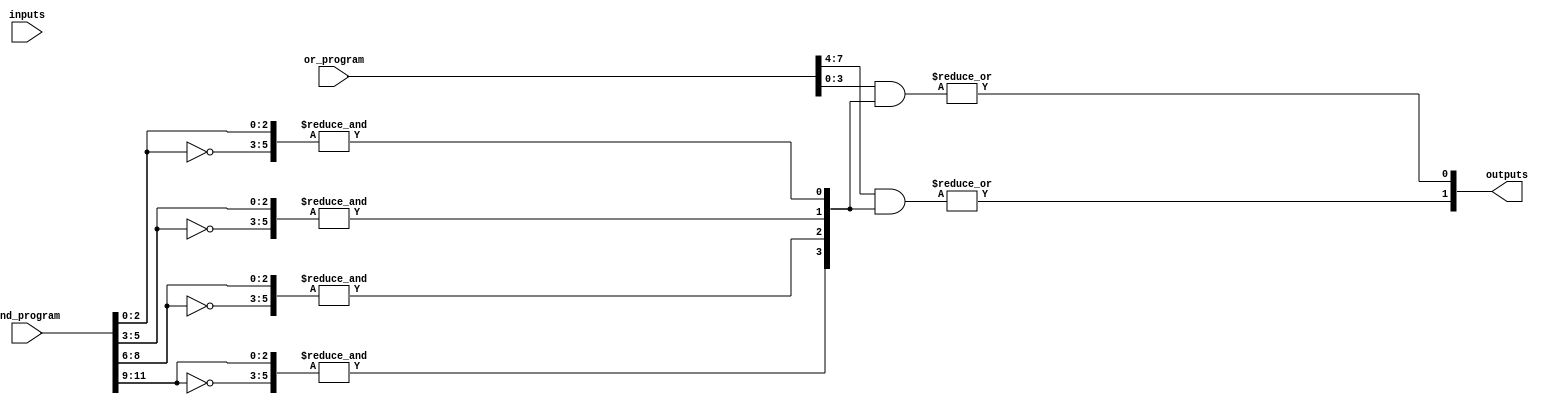
module PLA #(
    parameter NUM_INPUTS = 3,    // Number of inputs (A, B, C, ...)
    parameter NUM_AND_GATES = 4,  // Number of AND gates (product terms)
    parameter NUM_OUTPUTS = 2     // Number of outputs (Y1, Y2, ...)
)(
    input wire [NUM_INPUTS-1:0] inputs,  // Input signals (A, B, C, ...)
    input wire [NUM_AND_GATES*NUM_INPUTS-1:0] and_program, // AND plane programming
    input wire [NUM_OUTPUTS*NUM_AND_GATES-1:0] or_program,  // OR plane programming
    output wire [NUM_OUTPUTS-1:0] outputs  // Output signals (Y1, Y2, ...)
);

// Internal wires for AND gate outputs
wire [NUM_AND_GATES-1:0] and_outputs;

// Generate the AND plane
genvar i, j;
generate
    for (i = 0; i < NUM_AND_GATES; i = i + 1) begin : and_gate
        wire [NUM_INPUTS-1:0] and_inputs;
        assign and_inputs = and_program[i*NUM_INPUTS +: NUM_INPUTS]; // Select inputs for this AND gate

        // AND gate logic
        assign and_outputs[i] = &({and_inputs, ~and_inputs}); // AND with inputs and their complements
    end
endgenerate

// Generate the OR plane
generate
    for (j = 0; j < NUM_OUTPUTS; j = j + 1) begin : or_gate
        wire [NUM_AND_GATES-1:0] or_inputs;
        assign or_inputs = or_program[j*NUM_AND_GATES +: NUM_AND_GATES]; // Select outputs for this OR gate

        // OR gate logic
        assign outputs[j] = |(or_inputs & and_outputs); // OR of selected AND gate outputs
    end
endgenerate

endmodule